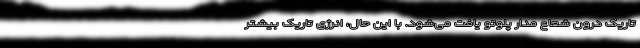
تاریک درون شعاع مدار پلوتو یافت می‌شود. با این حال، انرژی تاریک بیشتر